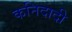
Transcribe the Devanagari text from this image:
कनिदादी